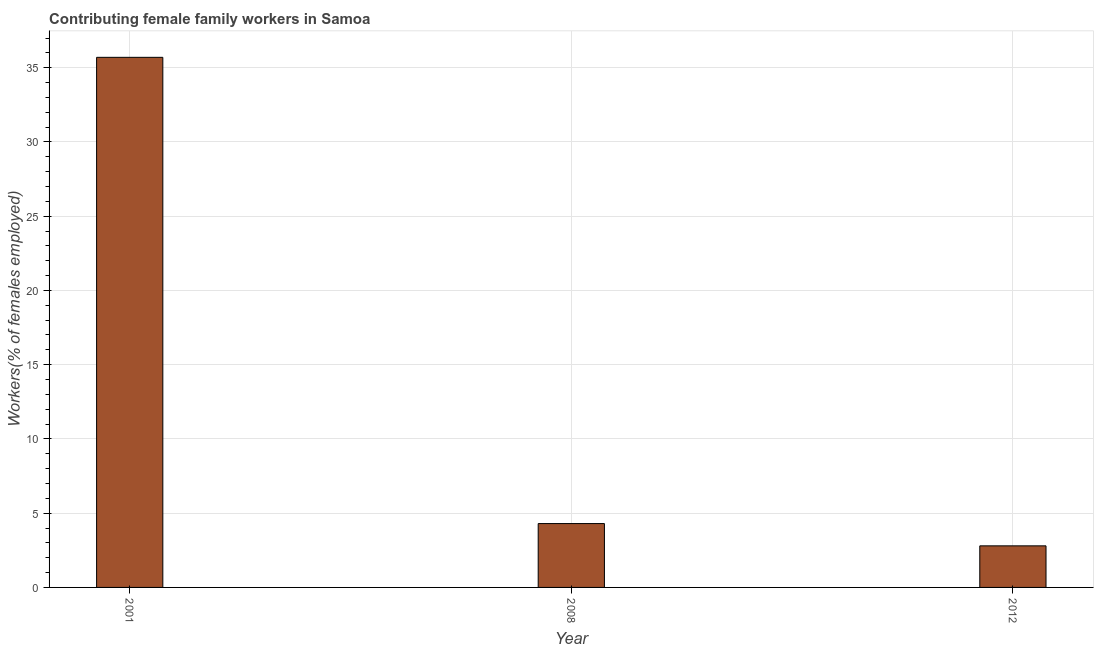
| Year | Contributing family workers |
 | --- | --- |
 | 2001 | 35.7 |
 | 2008 | 4.3 |
 | 2012 | 2.8 |